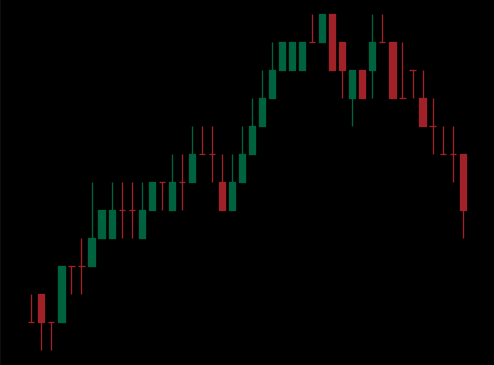
Pattern: bear_flag